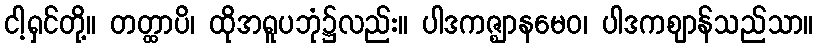
ငါ့ရှင်တို့။ တတ္ထာပိ၊ ထိုအရူပဘုံ၌လည်း။ ပါဒကဇ္ဈာနမေဝ၊ ပါဒကဈာန်သည်သာ။